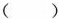
( )